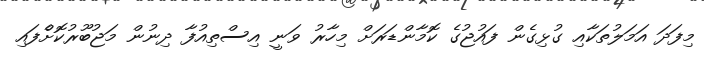
މިފަދަ އަމަލުތަކާއި ގުޅިގެން ފައުޖުގެ ކޮމާންޑަރަށް މިހާރު ވަނީ އިސްތިއުފާ ދިނުން މަޖުބޫރުކޮށްެފައި